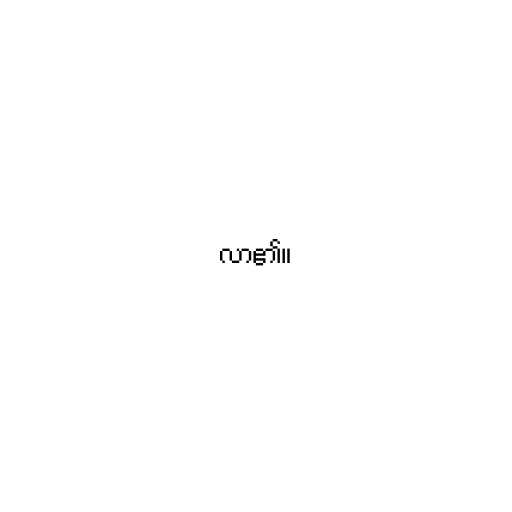
လာ၏။